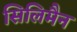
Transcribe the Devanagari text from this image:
सिलिमैन